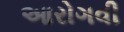
આરોગવી